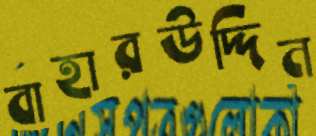
বাহারউদ্দিন